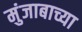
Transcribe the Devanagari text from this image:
मुंजाबाच्या